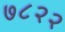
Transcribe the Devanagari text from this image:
७८२२